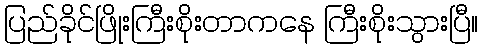
ပြည်ခိုင်ဖြိုးကြီးစိုးတာကနေ ကြီးစိုးသွားပြီ။